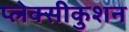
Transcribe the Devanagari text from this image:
प्लेक्सीकुशन